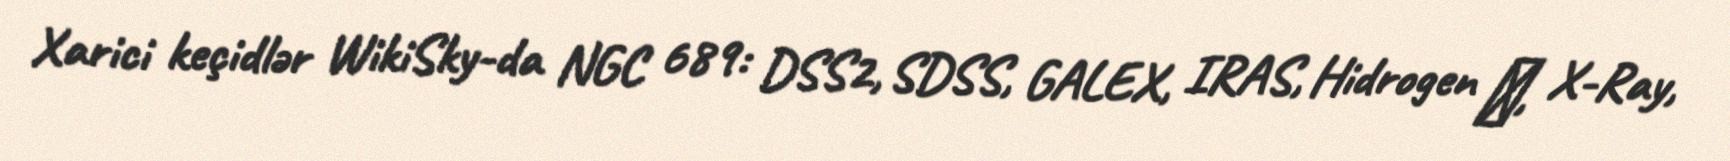
Xarici keçidlər WikiSky-da NGC 689: DSS2, SDSS, GALEX, IRAS, Hidrogen α, X-Ray,